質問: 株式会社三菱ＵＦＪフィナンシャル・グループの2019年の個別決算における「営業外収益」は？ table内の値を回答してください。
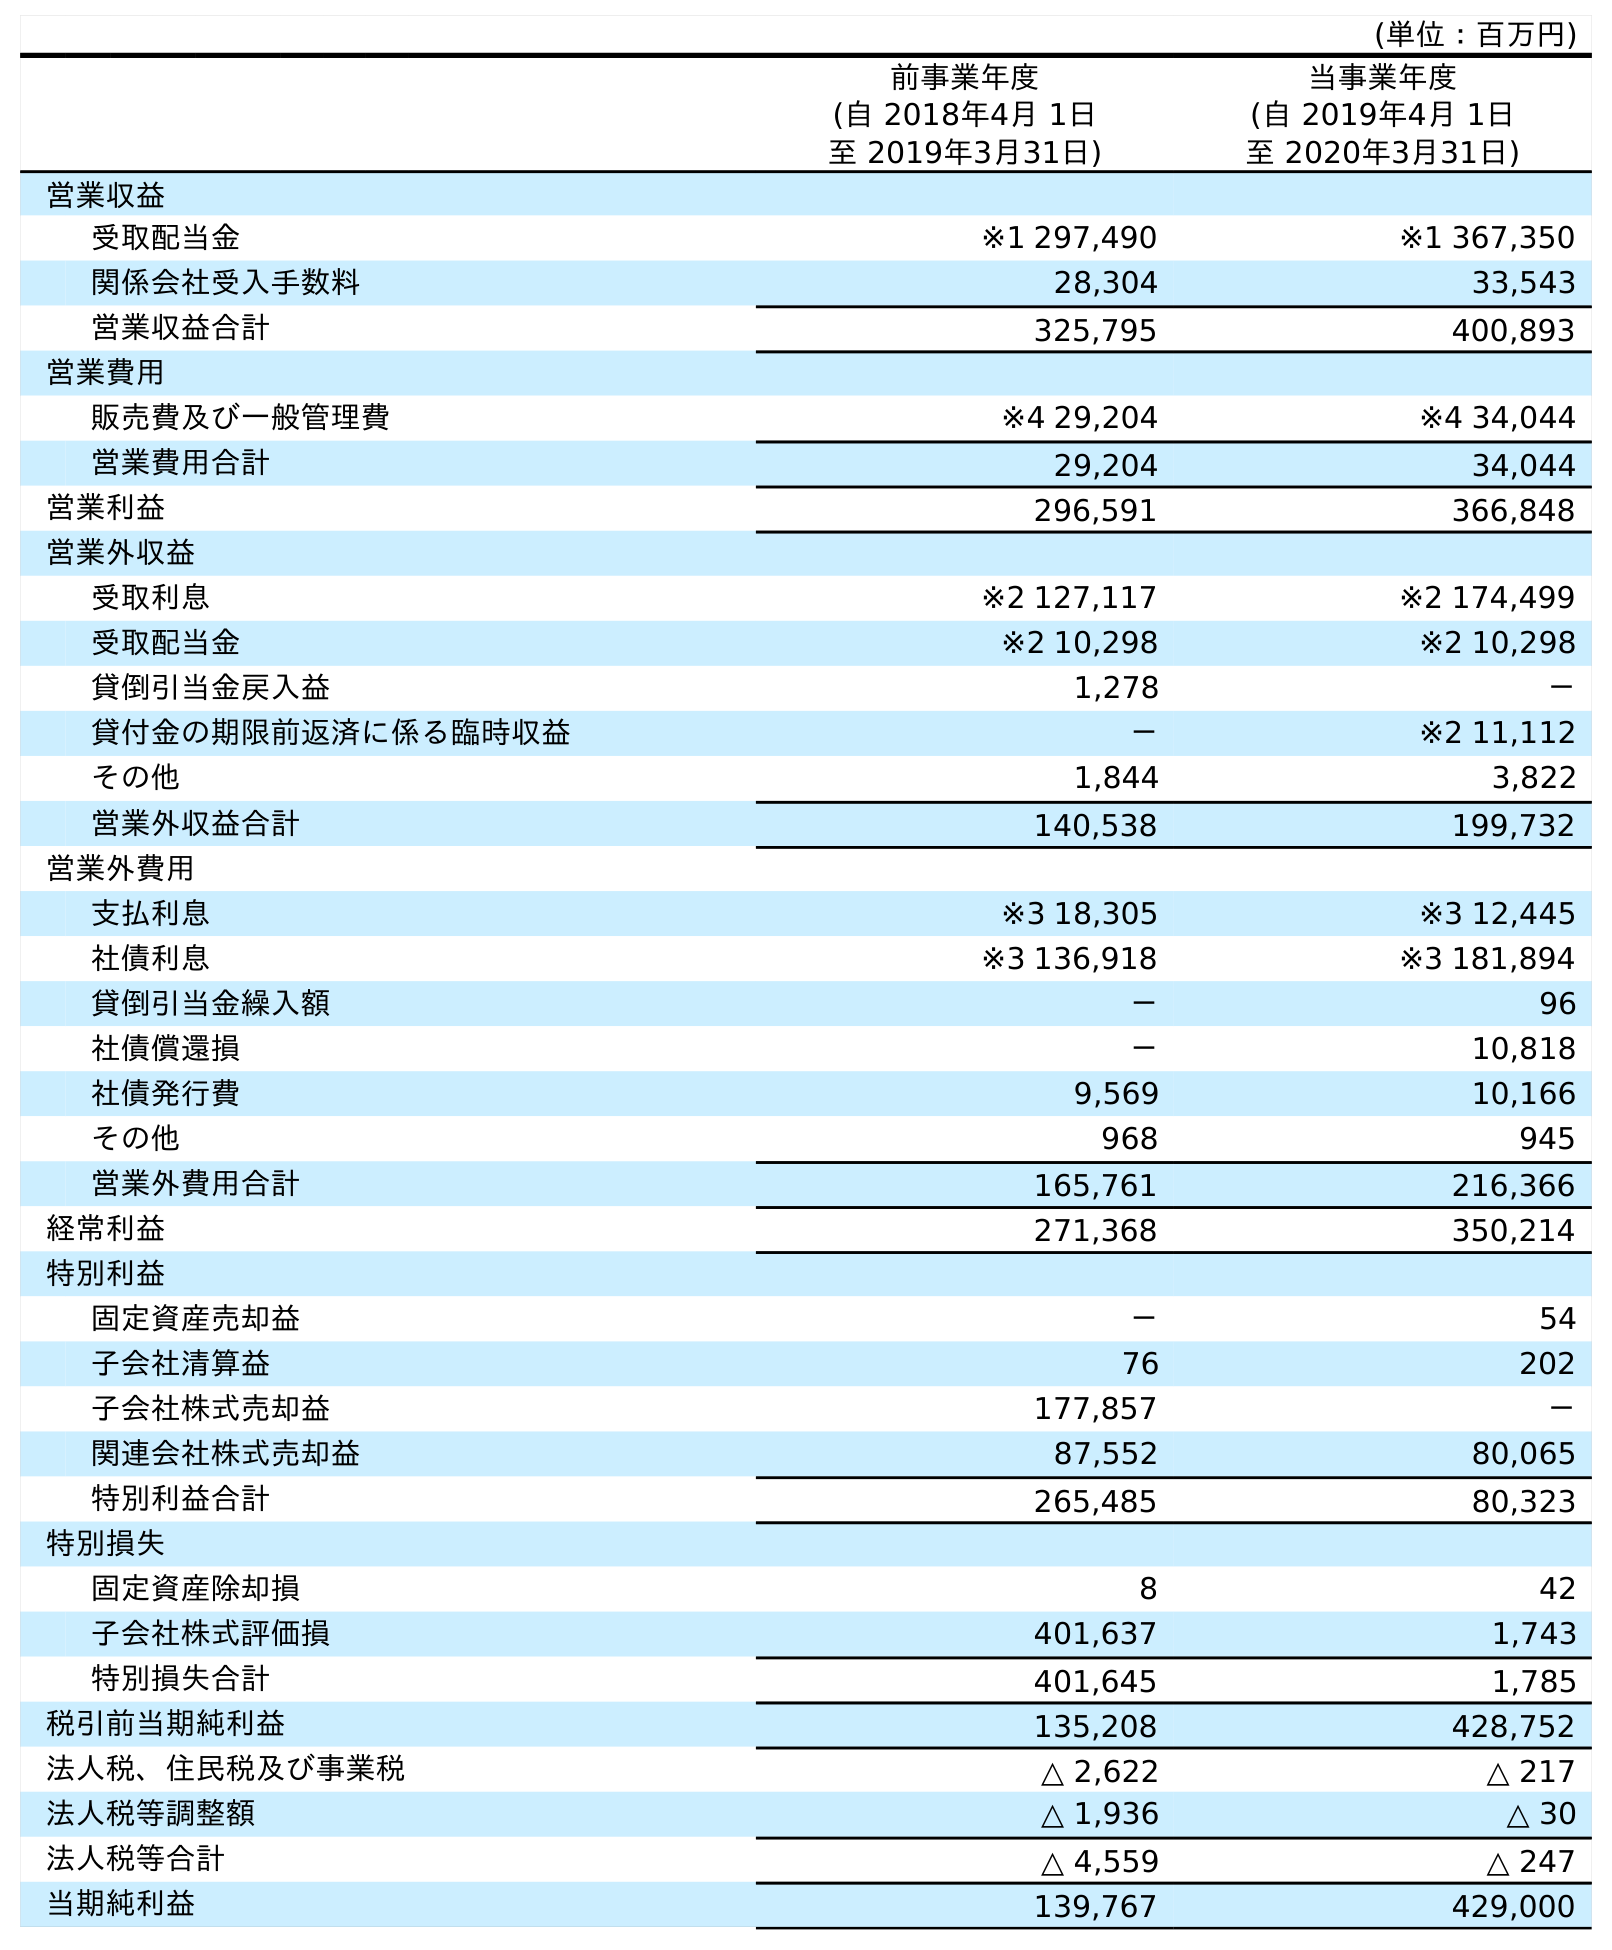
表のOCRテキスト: (単位：百万円) 前事業年度 (自 2018年4月 1日 至 2019年3月31日) 当事業年度 (自 2019年4月 1日 至 2020年3月31日) 営業収益 受取配当金 ※1 297,490 ※1 367,350 関係会社受入手数料 28,304 33,543 営業収益合計 325,795 400,893 営業費用 販売費及び一般管理費 ※4 29,204 ※4 34,044 営業費用合計 29,204 34,044 営業利益 296,591 366,848 営業外収益 受取利息 ※2 127,117 ※2 174,499 受取配当金 ※2 10,298 ※2 10,298 貸倒引当金戻入益 1,278 － 貸付金の期限前返済に係る臨時収益 － ※2 11,112 その他 1,844 3,822 営業外収益合計 140,538 199,732 営業外費用 支払利息 ※3 18,305 ※3 12,445 社債利息 ※3 136,918 ※3 181,894 貸倒引当金繰入額 － 96 社債償還損 － 10,818 社債発行費 9,569 10,166 その他 968 945 営業外費用合計 165,761 216,366 経常利益 271,368 350,214 特別利益 固定資産売却益 － 54 子会社清算益 76 202 子会社株式売却益 177,857 － 関連会社株式売却益 87,552 80,065 特別利益合計 265,485 80,323 特別損失 固定資産除却損 8 42 子会社株式評価損 401,637 1,743 特別損失合計 401,645 1,785 税引前当期純利益 135,208 428,752 法人税、住民税及び事業税 △ 2,622 △ 217 法人税等調整額 △ 1,936 △ 30 法人税等合計 △ 4,559 △ 247 当期純利益 139,767 429,000
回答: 140,538